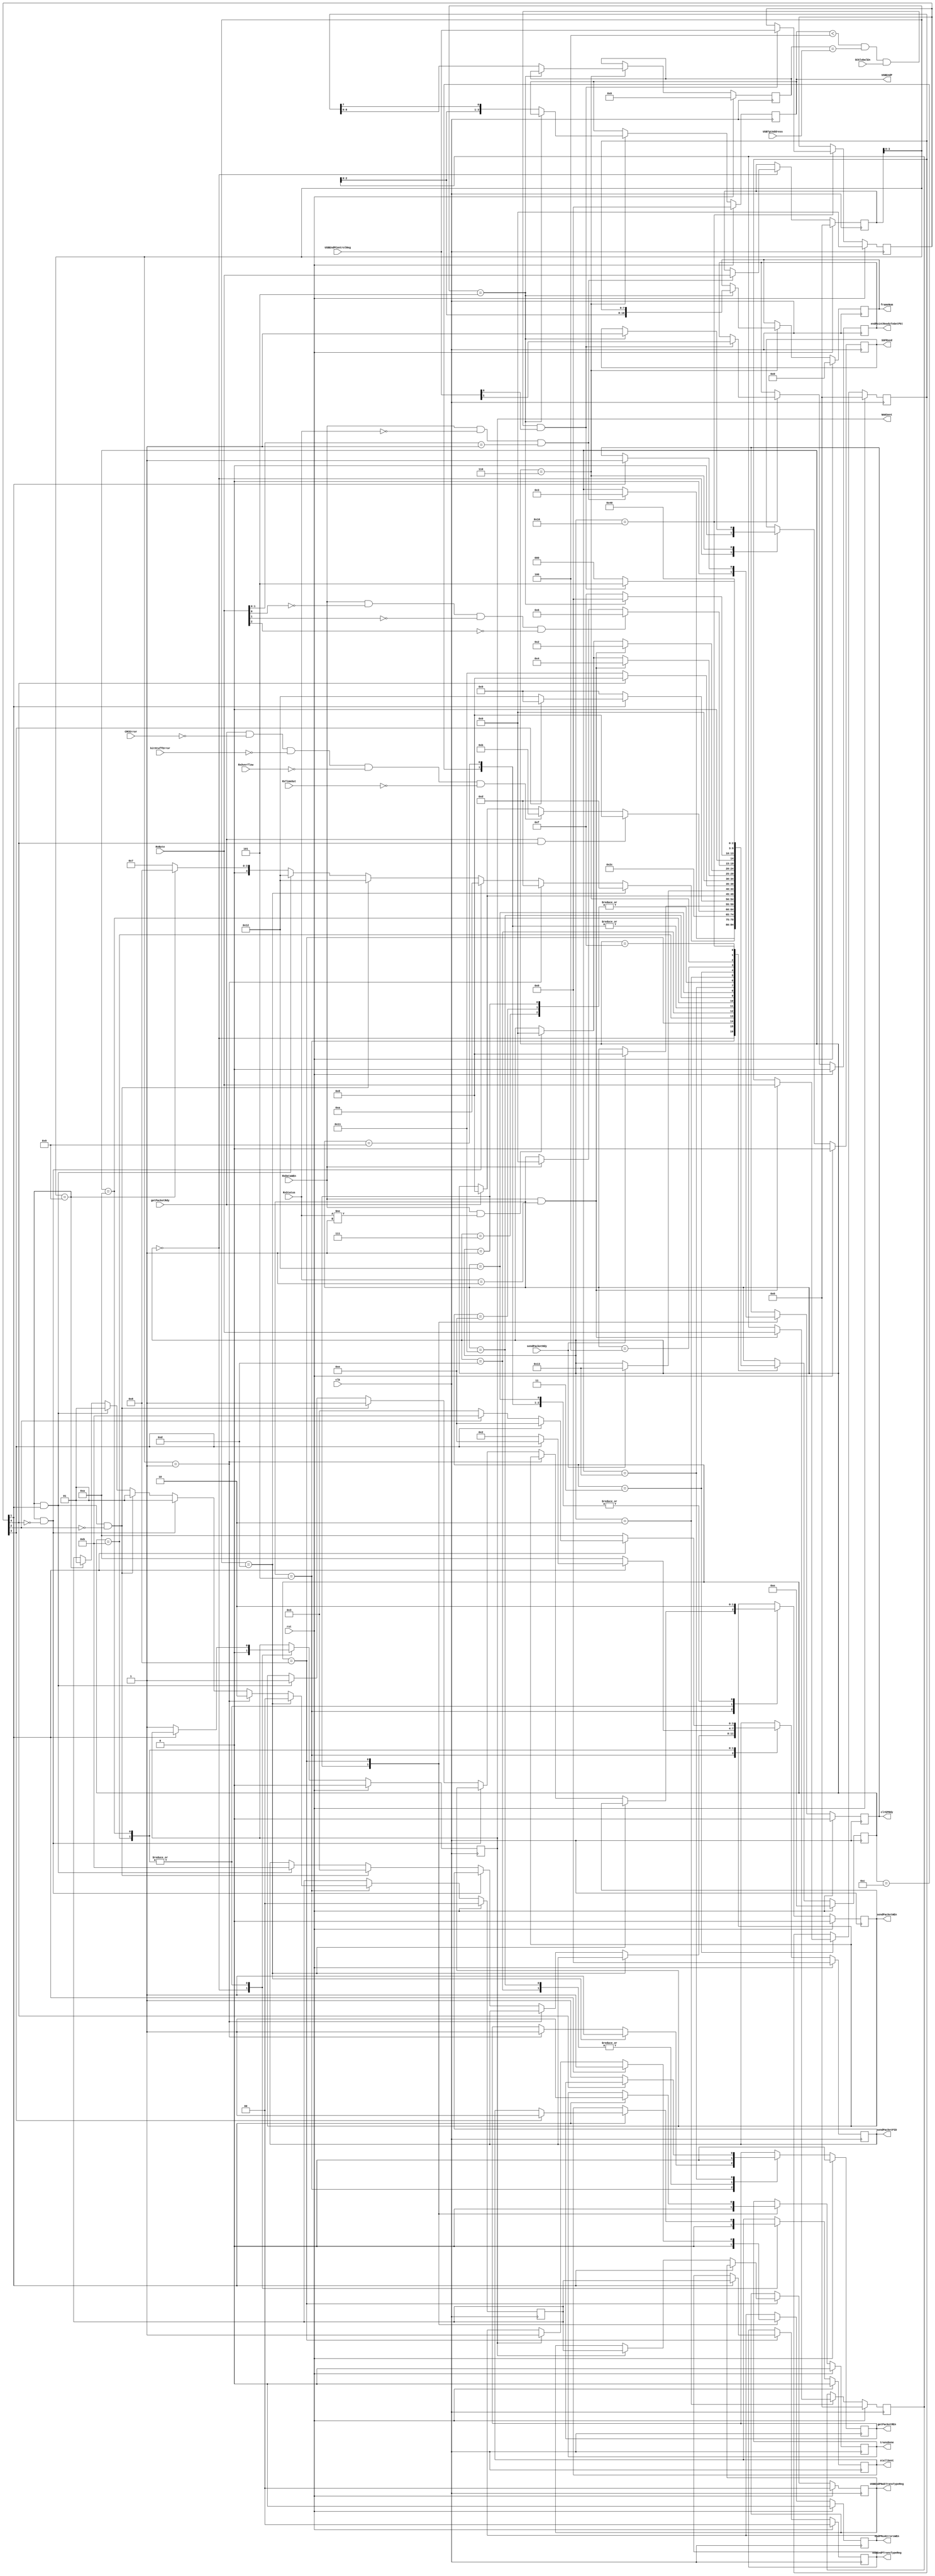
module slavecontroller (
	input				CRCError,
	input		[7:0]	RxByte,
	input				RxDataWEn,
	input				RxOverflow,
	input		[7:0]	RxStatus,
	input				RxTimeOut,
	input				SCGlobalEn,
	input		[4:0]	USBEndPControlReg,
	input		[6:0]	USBTgtAddress,
	input				bitStuffError,
	input				clk,
	input				getPacketRdy,
	input				rst,
	input				sendPacketRdy,
	output	reg			NAKSent,
	output	reg			SOFRxed,
	output	reg	[1:0]	USBEndPNakTransTypeReg,
	output	reg	[1:0]	USBEndPTransTypeReg,
	output	reg	[3:0]	USBEndP,
	output	reg			clrEPRdy,
	output	reg			endPMuxErrorsWEn,
	output	reg			endPointReadyToGetPkt,
	output	reg	[10:0]	frameNum,
	output	reg			getPacketREn,
	output	reg	[3:0]	sendPacketPID,
	output	reg			sendPacketWEn,
	output	reg			stallSent,
	output	reg			transDone
);

	reg				next_NAKSent;
	reg				next_SOFRxed;
	reg		[1:0]	next_USBEndPNakTransTypeReg;
	reg		[1:0]	next_USBEndPTransTypeReg;
	reg		[3:0]	next_USBEndP;
	reg				next_clrEPRdy;
	reg				next_endPMuxErrorsWEn;
	reg				next_endPointReadyToGetPkt;
	reg		[10:0]	next_frameNum;
	reg				next_getPacketREn;
	reg		[3:0]	next_sendPacketPID;
	reg				next_sendPacketWEn;
	reg				next_stallSent;
	reg				next_transDone;

	reg		[7:0]	PIDByte, next_PIDByte;
	reg		[6:0]	USBAddress, next_USBAddress;
	reg		[4:0]	USBEndPControlRegCopy, next_USBEndPControlRegCopy;
	reg		[7:0]	addrEndPTemp, next_addrEndPTemp;
	reg		[7:0]	endpCRCTemp, next_endpCRCTemp;
	reg		[1:0]	tempUSBEndPTransTypeReg, next_tempUSBEndPTransTypeReg;

	reg		[4:0]	CurrState_slvCntrl;
	reg		[4:0]	NextState_slvCntrl;

	//--------------------------------------------------------------------
	// Machine: slvCntrl
	//--------------------------------------------------------------------
	//----------------------------------
	// Next State Logic (combinatorial)
	//----------------------------------
	always@(*) begin
		NextState_slvCntrl <= CurrState_slvCntrl;
		// Set default values for outputs and signals
		next_stallSent <= stallSent;
		next_NAKSent <= NAKSent;
		next_SOFRxed <= SOFRxed;
		next_PIDByte <= PIDByte;
		next_transDone <= transDone;
		next_clrEPRdy <= clrEPRdy;
		next_endPMuxErrorsWEn <= endPMuxErrorsWEn;
		next_tempUSBEndPTransTypeReg <= tempUSBEndPTransTypeReg;
		next_getPacketREn <= getPacketREn;
		next_sendPacketWEn <= sendPacketWEn;
		next_sendPacketPID <= sendPacketPID;
		next_USBEndPTransTypeReg <= USBEndPTransTypeReg;
		next_USBEndPNakTransTypeReg <= USBEndPNakTransTypeReg;
		next_endpCRCTemp <= endpCRCTemp;
		next_addrEndPTemp <= addrEndPTemp;
		next_frameNum <= frameNum;
		next_USBAddress <= USBAddress;
		next_USBEndP <= USBEndP;
		next_USBEndPControlRegCopy <= USBEndPControlRegCopy;
		next_endPointReadyToGetPkt <= endPointReadyToGetPkt;
		case(CurrState_slvCntrl)
			5'd0: begin
				next_stallSent <= 1'b0;
				next_NAKSent <= 1'b0;
				next_SOFRxed <= 1'b0;
				if(RxDataWEn&(RxStatus==8'b0)&(RxByte[1:0]==2'b01)) begin
					NextState_slvCntrl <= 5'd3;
					next_PIDByte <= RxByte; end
			end
			5'd1: begin
				next_transDone <= 1'b0;
				next_clrEPRdy <= 1'b0;
				next_endPMuxErrorsWEn <= 1'b0;
				NextState_slvCntrl <= 5'd0;
			end
			5'd5: begin
				if(PIDByte[3:0]==4'hd) begin
					NextState_slvCntrl <= 5'd13;
					next_tempUSBEndPTransTypeReg <= 0;
					next_getPacketREn <= 1'b1; end
				else if(PIDByte[3:0]==4'h1) begin
					NextState_slvCntrl <= 5'd13;
					next_tempUSBEndPTransTypeReg <= 2;
					next_getPacketREn <= 1'b1; end
				else if((PIDByte[3:0]==4'h9)&~USBEndPControlRegCopy[4]) begin
					NextState_slvCntrl <= 5'd10;
					next_tempUSBEndPTransTypeReg <= 1; end
				else if((PIDByte[3:0]==4'h9)&USBEndPControlRegCopy[1]&~USBEndPControlRegCopy[2]) begin
					NextState_slvCntrl <= 5'd18;
					next_tempUSBEndPTransTypeReg <= 1;
					next_sendPacketWEn <= 1'b1;
					next_sendPacketPID <= 4'h3; end
				else if((PIDByte[3:0]==4'h9)&USBEndPControlRegCopy[1]) begin
					NextState_slvCntrl <= 5'd18;
					next_tempUSBEndPTransTypeReg <= 1;
					next_sendPacketWEn <= 1'b1;
					next_sendPacketPID <= 4'hb; end
				else if(PIDByte[3:0]==4'h9) begin
					NextState_slvCntrl <= 5'd8;
					next_tempUSBEndPTransTypeReg <= 1; end
				else	NextState_slvCntrl <= 5'd7;
			end
			5'd7: begin
				NextState_slvCntrl <= 5'd0;
			end
			5'd8: begin
				if(USBEndPControlRegCopy[1]) begin
					NextState_slvCntrl <= 5'd1;
					next_transDone <= 1'b1;
					next_clrEPRdy <= 1'b1;
					next_USBEndPTransTypeReg <= tempUSBEndPTransTypeReg;
					next_endPMuxErrorsWEn <= 1'b1; end
				else if(NAKSent) begin
					NextState_slvCntrl <= 5'd1;
					next_USBEndPNakTransTypeReg <= tempUSBEndPTransTypeReg;
					next_endPMuxErrorsWEn <= 1'b1; end
				else	NextState_slvCntrl <= 5'd1;
			end
			5'd11: begin
				if(~USBEndPControlRegCopy[1]) begin
					NextState_slvCntrl <= 5'd12;
					next_sendPacketWEn <= 1'b1;
					next_sendPacketPID <= 4'ha;
					next_NAKSent <= 1'b1; end
				else if(USBEndPControlRegCopy[3]) begin
					NextState_slvCntrl <= 5'd12;
					next_sendPacketWEn <= 1'b1;
					next_sendPacketPID <= 4'he;
					next_stallSent <= 1'b1; end
				else begin
					NextState_slvCntrl <= 5'd12;
					next_sendPacketWEn <= 1'b1;
					next_sendPacketPID <= 4'h2; end
			end
			5'd12: begin
				next_sendPacketWEn <= 1'b0;
				if(sendPacketRdy)	NextState_slvCntrl <= 5'd8;
			end
			5'd13: begin
				next_getPacketREn <= 1'b0;
				if(getPacketRdy&USBEndPControlRegCopy[4])	NextState_slvCntrl <= 5'd8;
				else if(getPacketRdy&~CRCError&~bitStuffError&~RxOverflow&~RxTimeOut)
															NextState_slvCntrl <= 5'd11;
				else if(getPacketRdy)						NextState_slvCntrl <= 5'd8;
			end
			5'd9: begin
				next_sendPacketWEn <= 1'b0;
				if(sendPacketRdy)	NextState_slvCntrl <= 5'd8;
			end
			5'd10: begin
				if(~USBEndPControlRegCopy[1]) begin
					NextState_slvCntrl <= 5'd9;
					next_sendPacketWEn <= 1'b1;
					next_sendPacketPID <= 4'ha;
					next_NAKSent <= 1'b1; end
				else if(USBEndPControlRegCopy[3]) begin
					NextState_slvCntrl <= 5'd9;
					next_sendPacketWEn <= 1'b1;
					next_sendPacketPID <= 4'he;
					next_stallSent <= 1'b1; end
				else if(~USBEndPControlRegCopy[2]) begin
					NextState_slvCntrl <= 5'd18;
					next_sendPacketWEn <= 1'b1;
					next_sendPacketPID <= 4'h3; end
				else begin
					NextState_slvCntrl <= 5'd18;
					next_sendPacketWEn <= 1'b1;
					next_sendPacketPID <= 4'hb; end
			end
			5'd17: begin
				next_getPacketREn <= 1'b0;
				if(getPacketRdy)	NextState_slvCntrl <= 5'd8;
			end
			5'd18: begin
				next_sendPacketWEn <= 1'b0;
				if(sendPacketRdy)	NextState_slvCntrl <= 5'd19;
			end
			5'd19: begin
				if(USBEndPControlRegCopy[4])	NextState_slvCntrl <= 5'd8;
				else begin
					NextState_slvCntrl <= 5'd17;
					next_getPacketREn <= 1'b1; end
			end
			5'd14: begin
				NextState_slvCntrl <= 5'd0;
			end
			5'd2: begin
				if(RxDataWEn&(RxStatus==8'd1)) begin
					NextState_slvCntrl <= 5'd4;
					next_endpCRCTemp <= RxByte; end
				else if(RxDataWEn&(RxStatus!=8'd1))	NextState_slvCntrl <= 5'd0;
			end
			5'd3: begin
				if(RxDataWEn&(RxStatus==8'd1)) begin
					NextState_slvCntrl <= 5'd2;
					next_addrEndPTemp <= RxByte; end
				else if(RxDataWEn&(RxStatus!=8'd1))	NextState_slvCntrl <= 5'd0;
			end
			5'd4: begin
				if(RxDataWEn&~RxByte[0]&~RxByte[1]&~RxByte[2])	NextState_slvCntrl <= 5'd6;
				else if(RxDataWEn)								NextState_slvCntrl <= 5'd0;
			end
			5'd6: begin
				if(PIDByte[3:0]==4'h5) begin
					NextState_slvCntrl <= 5'd0;
					next_frameNum <= {endpCRCTemp[2:0],addrEndPTemp};
					next_SOFRxed <= 1'b1; end
				else begin
					NextState_slvCntrl <= 5'd15;
					next_USBAddress <= addrEndPTemp[6:0];
					next_USBEndP <= { endpCRCTemp[2:0], addrEndPTemp[7]}; end
			end
			5'd15: begin	// Insert delay to allow USBEndP etc to update
				NextState_slvCntrl <= 5'd16;
			end
			5'd16: begin
				if((USBEndP<4'd4)&(USBAddress==USBTgtAddress)&SCGlobalEn&USBEndPControlReg[0]) begin
					NextState_slvCntrl <= 5'd5;
					next_USBEndPControlRegCopy <= USBEndPControlReg;
					next_endPointReadyToGetPkt <= USBEndPControlReg[1]; end
				else	NextState_slvCntrl <= 5'd0;
			end
		endcase
	end

	//----------------------------------
	// Current State Logic (sequential)
	//----------------------------------
	always@(posedge clk) begin
		if(rst)	CurrState_slvCntrl <= 5'd14;
		else	CurrState_slvCntrl <= NextState_slvCntrl;
	end

	//----------------------------------
	// Registered outputs logic
	//----------------------------------
	always@(posedge clk) begin
		if(rst) begin
			tempUSBEndPTransTypeReg <= 2'b00;
			addrEndPTemp <= 8'h00;
			endpCRCTemp <= 8'h00;
			USBAddress <= 7'b0000000;
			PIDByte <= 8'h00;
			USBEndPControlRegCopy <= 5'b00000;
			transDone <= 1'b0;
			getPacketREn <= 1'b0;
			sendPacketPID <= 4'b0;
			sendPacketWEn <= 1'b0;
			clrEPRdy <= 1'b0;
			USBEndPTransTypeReg <= 2'b00;
			USBEndPNakTransTypeReg <= 2'b00;
			NAKSent <= 1'b0;
			stallSent <= 1'b0;
			SOFRxed <= 1'b0;
			endPMuxErrorsWEn <= 1'b0;
			frameNum <= 11'b00000000000;
			USBEndP <= 4'h0;
			endPointReadyToGetPkt <= 1'b0; end
		else begin
			tempUSBEndPTransTypeReg <= next_tempUSBEndPTransTypeReg;
			addrEndPTemp <= next_addrEndPTemp;
			endpCRCTemp <= next_endpCRCTemp;
			USBAddress <= next_USBAddress;
			PIDByte <= next_PIDByte;
			USBEndPControlRegCopy <= next_USBEndPControlRegCopy;
			transDone <= next_transDone;
			getPacketREn <= next_getPacketREn;
			sendPacketPID <= next_sendPacketPID;
			sendPacketWEn <= next_sendPacketWEn;
			clrEPRdy <= next_clrEPRdy;
			USBEndPTransTypeReg <= next_USBEndPTransTypeReg;
			USBEndPNakTransTypeReg <= next_USBEndPNakTransTypeReg;
			NAKSent <= next_NAKSent;
			stallSent <= next_stallSent;
			SOFRxed <= next_SOFRxed;
			endPMuxErrorsWEn <= next_endPMuxErrorsWEn;
			frameNum <= next_frameNum;
			USBEndP <= next_USBEndP;
			endPointReadyToGetPkt <= next_endPointReadyToGetPkt; end
	end

endmodule